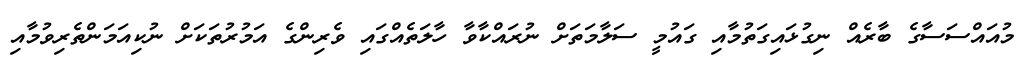
މުއައްސަސާގެ ބާރެއް ނިގުޅައިގަތުމާއި ގައުމީ ސަލާމަތަށް ނުރައްކާވާ ހާލަތެއްގައި ވެރިންގެ އަމުރުތަކަށް ނުކިއަމަންތެރިވުމާއި